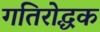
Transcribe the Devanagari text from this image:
गतिरोद्धक